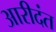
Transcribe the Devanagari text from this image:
आरीदंत